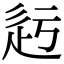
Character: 𨑛